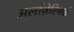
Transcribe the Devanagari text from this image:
अलज़िरियाई